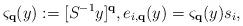
LaTeX: \begin{align*}\varsigma_{\mathbf{q}}(y) := [S^{-1}y]^{\mathbf{q}}, e_{i,\mathbf{q}}(y) = \varsigma_{\mathbf{q}}(y)s_{i},\end{align*}